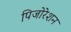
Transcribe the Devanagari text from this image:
पिजोरेशन